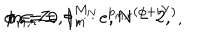
LaTeX: \phi _ { m , r } = \phi _ { m } ^ { M _ { N } } e ^ { p _ { m , r } ( \phi + i Y ) } , \hspace { 3 m m } m = 0 , 1 , \cdots , N - 2 , \hspace { 2 m m } r \in { \bf Z } .